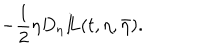
- \frac { 1 } { 2 } \eta D _ { \eta } { I \! \! L } ( t , \eta , \bar { \eta } ) .